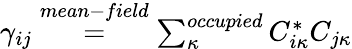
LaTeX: \begin{array}{r}{\gamma_{ij}\overset{{mean-field}}{=}\sum_{\kappa}^{occupied}C_{i\kappa}^{*}C_{j\kappa}}\end{array}